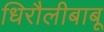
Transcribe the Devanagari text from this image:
धिरौलीबाबू